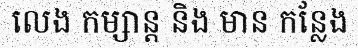
លេង កម្សាន្ត និង មាន កន្លែង